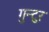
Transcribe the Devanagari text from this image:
गुन्टुर